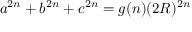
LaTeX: a ^ { 2 n } + b ^ { 2 n } + c ^ { 2 n } = g ( n ) ( 2 R ) ^ { 2 n }